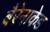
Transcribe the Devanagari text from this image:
बैरेनाकेड